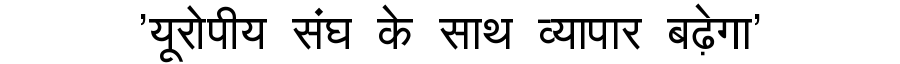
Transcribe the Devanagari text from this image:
'यूरोपीय संघ के साथ व्यापार बढ़ेगा'